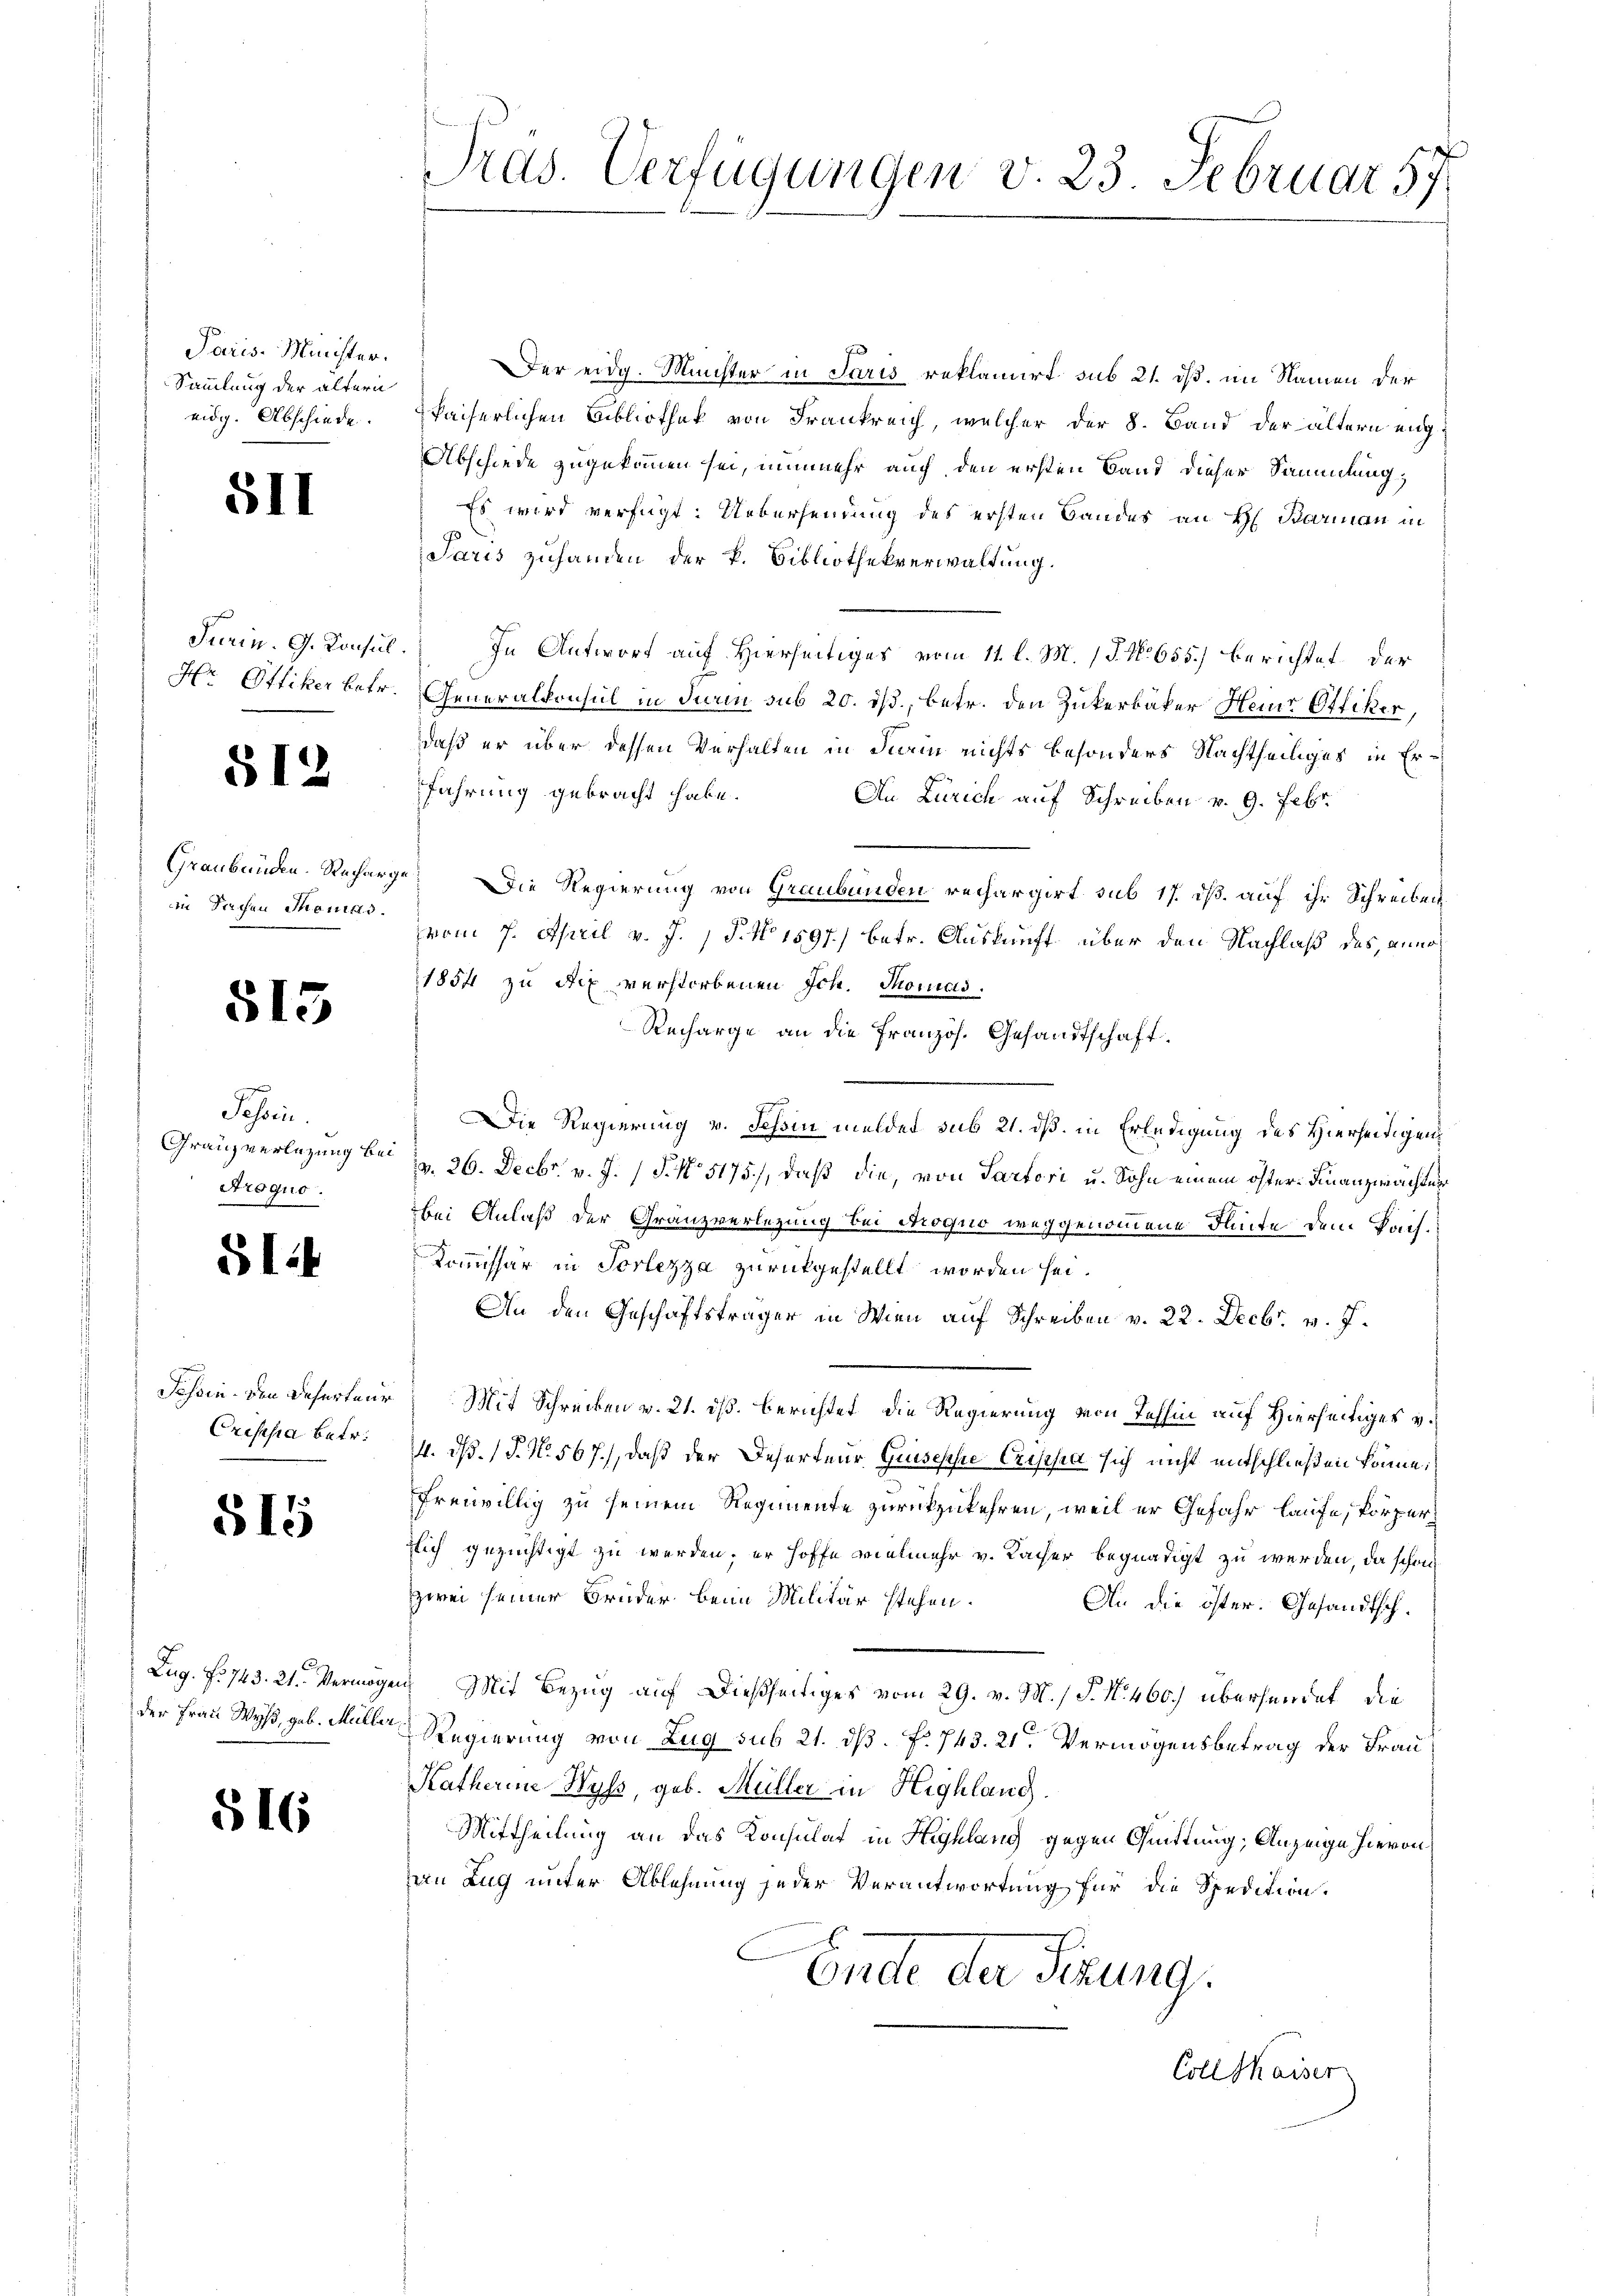
Paris-Minister.
Sammlung der ältern
eidg. Abschiede

SII

Jurin. G. Konsul

§12

Graubünden. Recharin Sachen Thomas.

515

Sohin
Granz verlegung be
Aroquo.

S 114

Jossen. Den Deserteur
Crisesia betr.

515

Lug. No 743. 21. Vermög
der Frau Wyß, geb. Mülle

516

Prdd. Verfügungen v. 23. Februar 57

Der eidg. Münster in Paris reklamirt sub 21. ds. im Namen der
kaiserlichen Bibliothek von Frankreich, welcher der 8. Band der ältern eng¬
Abschiede zugekommen sei, nunmehr auch den ersten Band dieser Sammlung,
Es wird verfügt: Uebersendung des ersten Bandes an H. Parinau in
Paris zuhanden der k. Bibliothekverwaltung.
c. In Antwort auf Hierseitiges vom 11. l. M. 18. No 655.) berichtet der
Hr. Ottiker betr. Generalkonsul in Fiain sub 20. ds., betr. den Zukerbäker Heine Offiker,
daß er über dessen Verhalten in Stain nichts besonders Nachtheiliges in Erfahrung gebracht habe.
An Zürich auf Schreiben v. 9. Febr.
g.) Die Regierung von Graubünden rechargirt sub 17. dß. auf ihr Schreiben
vom 7. April v. J. P. No 1597) betr. Auskunft über den Nachlaß des, anno¬
1854 zu Aix verstorbenen Ich. Thomas
Recharge an die französ. Gesandtschaft
Die Regierung v. Tessin melder sub 21. dß. in Erledigung des Hierseitigend. 26. Decbr. v. J. P. No. 5175), daß die, von Partori u. Sohn einem öster-Finanzwächter
bei Anlaß der Granzverlegung bei Arogno weggenommene Flinte dem Kais.
Kommissär in Vorlezza zurückgestellt worden sei.
An den Geschäftsträger in Wien auf Schreiben v. 22. Decbr. v. J.
Mit Schreiben v. 21. dß. Berichtet, die Regierung von Jahhin auf Hierseitiges v.
4. d. J. N. 567.), daß der Deserteur Guisesche Crischen sich nicht entschließen könne;
freiwillig zu seinem Regimente zurückzukehren, weil er Gefahr laufe, körperzlich gezüchtigt zu werden; er hoffe vielmehr v. Kacher begnadigt zu werden, da schon
zwei seiner Brüder beim Militär stehen.
An die öster. Gesandtschin Mit Bezug auf dießseitiges vom 29. v. M. / P. Nr. 460.) übersendet, die
Regierung von Zug sub 21. ds. f. 743. 21. Vermögensbetrag der Frau
Katherine Wyss, geb. Müller in Highlang.
Mittheilung an das Konsulat in Highlang gegen Quittung, Anzeige hievon
en Zug unter Ablehnung jeder Verantwortung für die Spedition.
Ende der Sitzung.
Coll thaiser